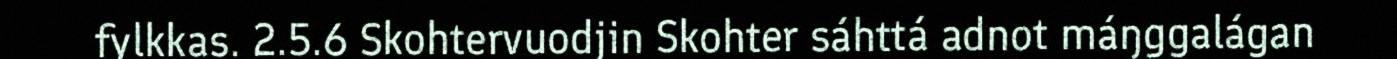
fylkkas. 2.5.6 Skohtervuodjin Skohter sáhttá adnot máŋggalágan